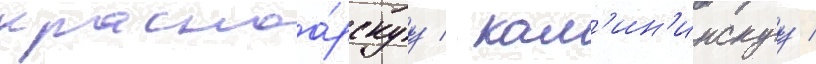
красноа́рскуу / кал'ин'инскуу /